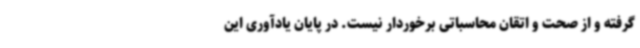
گرفته و از صحت و اتقان محاسباتی برخوردار نیست. در پایان یادآوری این